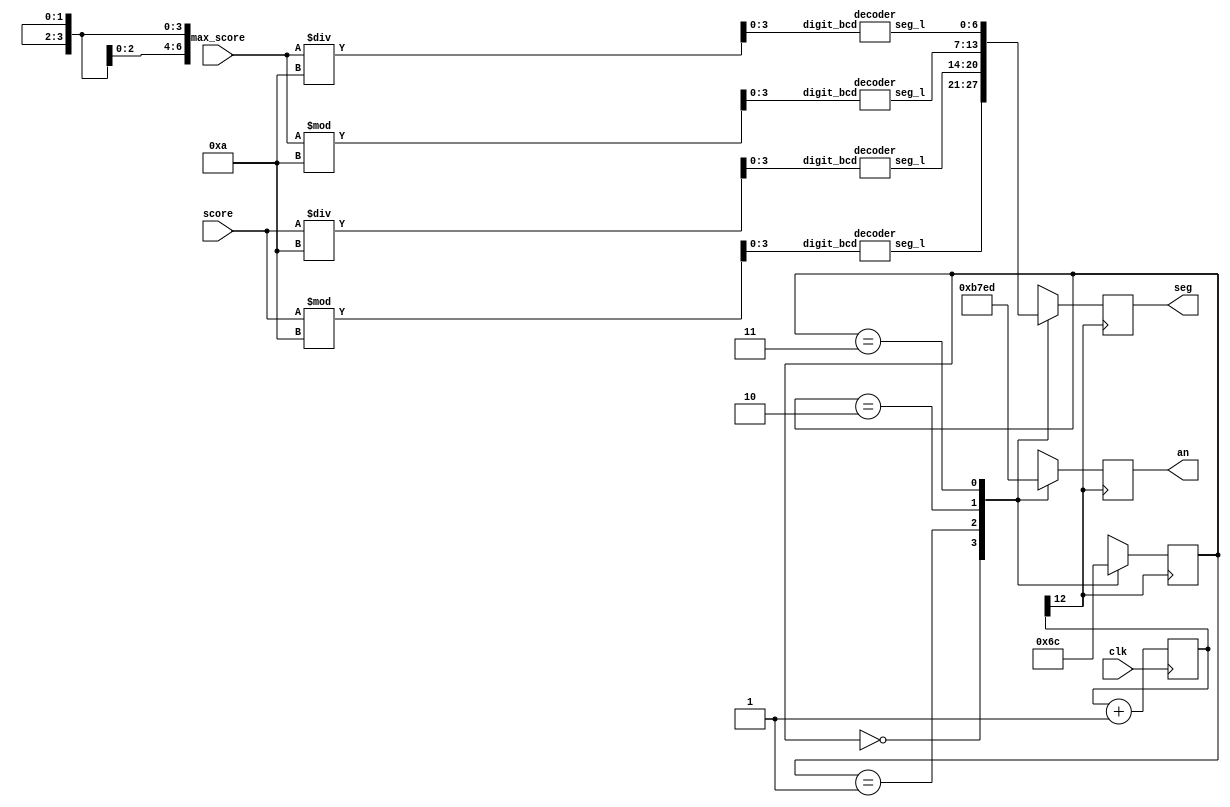
module display( score, max_score, seg, an, clk);
      //This module takes care of the display of the current score(score), and maximum score(max_score) on the seven segment display
      input clk;//clock signal
      input [6:0] score, max_score;//7-bit numbers to indicate score and maximum score(Range: 0 - 99)
      output reg [3:0] an;//4-bit number(one hot encoding) to indicate which position has to glow (left, midleft, midright, right)
      output reg [6:0] seg;//7-bit number to indicate which segments of the 7 segment display should glow (abcdefg)

      reg [3:0]  score_digit_o, score_digit_t, max_score_digit_o, max_score_digit_t;//Ones and Tens digit of score and max_score

      always @(score or max_score)begin //always block: sensitivity list has score or max_score
            //Finding ones and tens digit of the score and maximum score
            score_digit_o=score%10;
            score_digit_t=score/10;

            max_score_digit_o=max_score%10;
            max_score_digit_t=max_score/10; 
      end

      wire [6:0] s1, s2, s3, s4;//Four 7-bit wires, to pass the segment values to [6:0] seg for each of the four digits on the display.

      reg [1:0] state_dummy; //2-bit reg to store the modified state value (00, 01, 10, 11)
      reg [12:0] seg_clk;//13-bit clock divider
      reg [1:0] state_local=2'b00;//2-bit number state allows one to access and modify the properties corresponding to one of the four positions

      wire newclk;//new_clk is the MSB of seg_clk

      //instantiating decoder modules to obtain the values of s1, s2, s3, s4
      decoder d1( score_digit_o,s1);
      decoder d2( score_digit_t,s2);
      decoder d3( max_score_digit_o,s3);
      decoder d4( max_score_digit_t,s4);

      assign newclk = seg_clk[12]; 

      always@(posedge clk) //always block: sensitivity list has positive edge of the clock signal
          seg_clk=seg_clk+1; //incrementing seg_clk in each clock cycle

      always@( posedge newclk )begin//always block: sensitivity list has new_clk (MSB of clock divider, [12:0] seg_clk)

          case(state_local)//case statement using state_local

          2'b00: begin
          seg<=s1;//assign s1(output of instantiation d1) to [6:0] seg
          an<=4'b1011;//choose the correct position: midleft (units digit of score)
          state_dummy=2'b01;//set next state to 01
          end

          2'b01: begin
          seg<=s2;//assign s2(output of instantiation d2) to [6:0] seg
          an<=4'b0111;//choose the correct position: left (tens digit of score)
          state_dummy=2'b10;//set next state to 10
          end

          2'b10: begin
          seg<=s3;//assign s3(output of instantiation d3) to [6:0] seg
          an<=4'b1110;//choose the correct position: right (units digit of max_score)
          state_dummy=2'b11;//set next state to 11
          end

          2'b11: begin
          seg<=s4;//assign s4(output of instantiation d4) to [6:0] seg
          an<=4'b1101;//choose the correct position: midright (tens digit of max_score)
          state_dummy=2'b00;//set next state to 00
          end

          default: begin//default: same as case 00
          seg<=s1;
          an<=4'b1011;//midleft
          state_dummy=2'b01;
          end
          endcase

          state_local = state_dummy;//assign state_dummy to state_local

      end

endmodule


module decoder(digit_bcd, seg_l);
    //This module converts a 4-bit BCD number to 7-bit number that represents the segments that are to be lit up to display that digit (abcdefg)
    input [3:0] digit_bcd;
    output reg [6:0] seg_l;
    
    always@( digit_bcd) begin
    
        case(digit_bcd)
            4'b0000: seg_l <= 7'b1000000;  //0 
            4'b0001: seg_l <= 7'b1111001;  //1
            4'b0010: seg_l <= 7'b0100100;  //2
            4'b0011: seg_l <= 7'b0110000;  //3
            4'b0100: seg_l <= 7'b0011001;  //4
            4'b0101: seg_l <= 7'b0010010;  //5
            4'b0110: seg_l <= 7'b0000010;  //6
            4'b0111: seg_l <= 7'b1111000;  //7
            4'b1000: seg_l <= 7'b0000000;  //8
            4'b1001: seg_l <= 7'b0010000;  //9
            default: seg_l <= 7'b1000000;  //default = 0
        endcase 
    
 end

endmodule